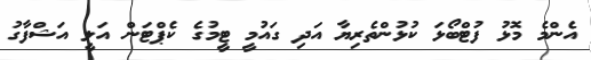
އެންމެ މޮޅު ފުޓްބޯޅަ ކުޅުންތެރިޔާ އަދި ގައުމީ ޓީމުގެ ކެޕްޓަން އަލީ އަޝްފާގު